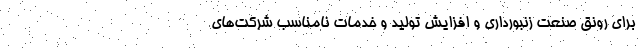
برای رونق صنعت زنبورداری و افزایش تولید و خدمات نامناسب شرکت‌های